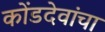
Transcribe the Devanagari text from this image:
कोंडदेवांचा